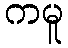
ကမူ